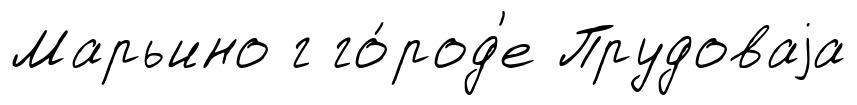
Марьино г го́род'е Прудоваjа